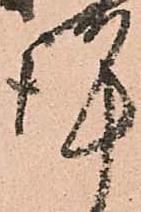
謹